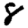
Digit: 8